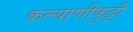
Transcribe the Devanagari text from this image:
कल्याणीकुट्टी